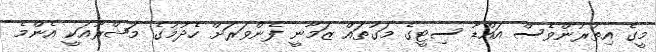
މީގެ އިތުރުންވެސް އައްޑޫ ސިޓީގެ މަގުތައް ޒަމާނީ ފެންވަރަށް ހެދުމުގެ މަޝްރޫއަކީ އެންމެ